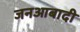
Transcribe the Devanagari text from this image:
जनआबादी